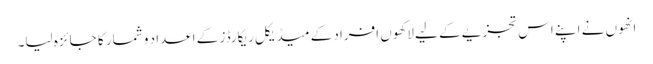
انھوں نے اپنے اس تجزیے کے لیے لاکھوں افراد کے میڈیکل ریکارڈز کے اعداد و شمار کا جائزہ لیا۔